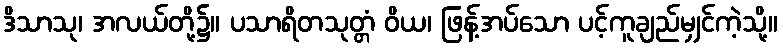
ဒိသာသု၊ အလယ်တို့၌။ ပသာရိတသုတ္တံ ဝိယ၊ ဖြန့်အပ်သော ပင့်ကူချည်မျှင်ကဲ့သို့။